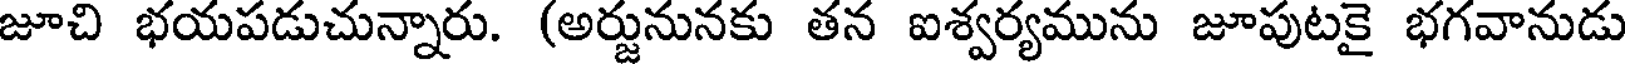
జూచి భయపడుచున్నారు. (అర్జునునకు తన ఐశ్వర్యమును జూపుటకై భగవానుడు